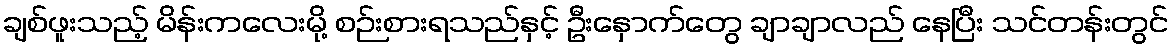
ချစ်ဖူးသည့် မိန်းကလေးမို့ စဉ်းစားရသည်နှင့် ဦးနှောက်တွေ ချာချာလည် နေပြီး သင်တန်းတွင်